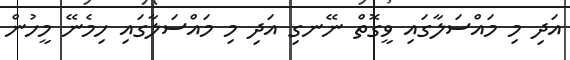
އަދި މި މައްސަލާގައި ވީގޮތް ނޭނގި އަދި މި މައްސަލާގައި ހިމެނޭ މީހުން